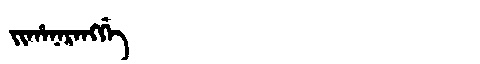
Manchu: ᠵᡳᡥᠠᠨᠠᡵᠠᠩᡤᡝ
Romanization: JIHANARANGGE